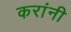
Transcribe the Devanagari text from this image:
करांनी